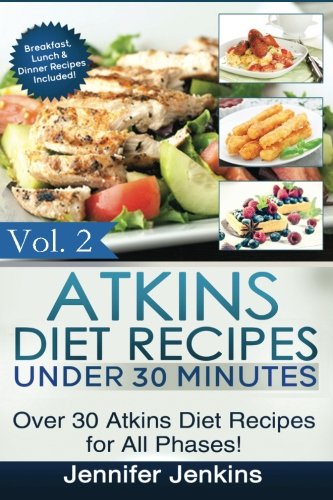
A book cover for Atkins Diet Recipes Under 30 Minutes: Over 30 Atkins Recipes For All Phases (Includes Atkins Induction Recipes) (Atkins Diet Cookbook) (Volume 2); Jennifer Jenkins; Health, Fitness & Dieting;